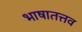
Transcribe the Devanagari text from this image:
भाषातत्तव